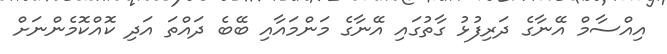
އިއްސާމް އޭނާގެ ދަރިފުޅު ގާތުގައި އޭނާގެ މަންމައާއި ބޭބެ ދައްތަ އަދި ކޮއްކޮމެންނަށް